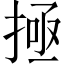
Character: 𫽄